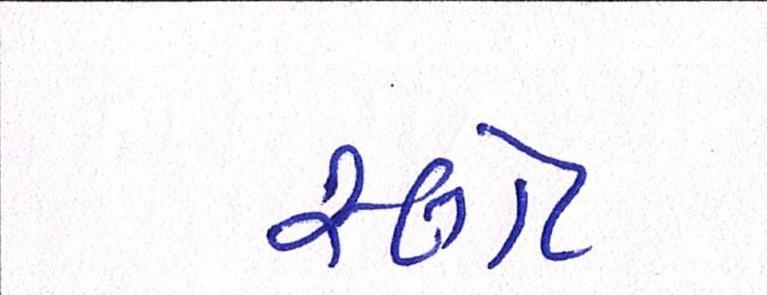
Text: સ્લોટ